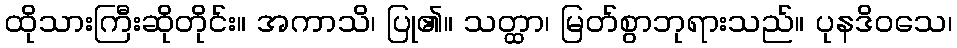
ထိုသားကြီးဆိုတိုင်း။ အကာသိ၊ ပြု၏။ သတ္ထာ၊ မြတ်စွာဘုရားသည်။ ပုနဒိဝသေ၊